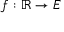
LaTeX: f : \mathbb { R } \to E